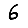
Digit: 6